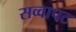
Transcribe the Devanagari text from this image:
सव्वापट